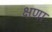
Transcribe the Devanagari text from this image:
क्षणा